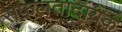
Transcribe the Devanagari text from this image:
सफलतादायक